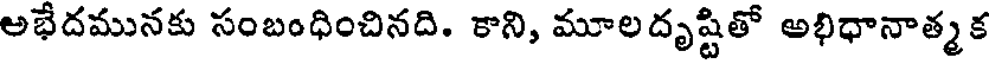
అభేదమునకు సంబంధించినది. కాని, మూలదృష్టితో అభిధానాత్మక